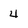
Character: 4